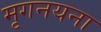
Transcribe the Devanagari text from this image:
मृगनयना